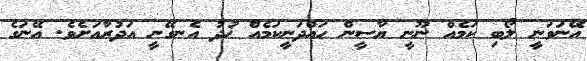
އޭނަވަނީ ލޯބި ކަމެއް ނޫނީ ޔާސީން ހައްދަނީކަމެއް ޚުދު އެނގޭނީ އަދުރާއަށެވެ. އޭނަގެ